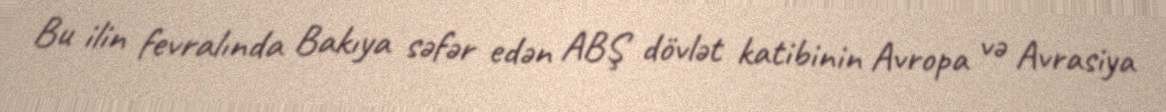
Bu ilin fevralında Bakıya səfər edən ABŞ dövlət katibinin Avropa və Avrasiya